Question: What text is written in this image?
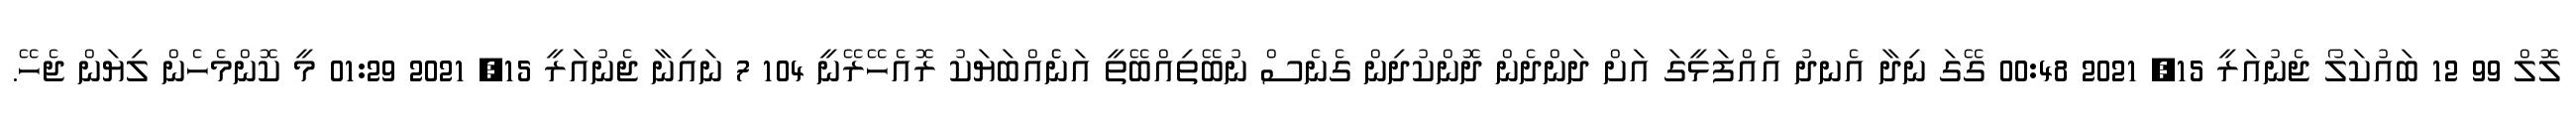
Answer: ލޮލް 99 12 ބައުކަލޯ ޖެނުއަރީ 15, 2021 00:48 ގޭގަ ނިދާ އެނދު އެއްފަޅީގަ އަށް ދަންދެން ދޮންކުދިން ގެނެސް ނުބޭތިއްބޭތީ އަނެެއްބަޔަކު ރޮއެހޭރޭނީ 104 7 ނައިނާ ޖެނުއަރީ 15, 2021 01:29 މީ ކޮންމެހެން ލިޔަން ޖެހޭ.